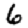
Digit: 6